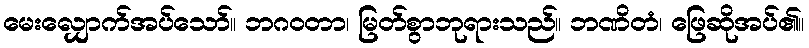
မေးလျှောက်အပ်သော်။ ဘဂဝတာ၊ မြတ်စွာဘုရားသည်။ ဘဏိတံ၊ ဖြေဆိုအပ်၏။